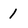
Character: 1